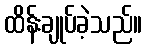
ထိန်းချုပ်ခဲ့သည်။